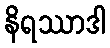
နိရဿာဒါ